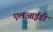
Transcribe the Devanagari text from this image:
एलआईडी